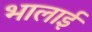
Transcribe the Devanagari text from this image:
भालाई